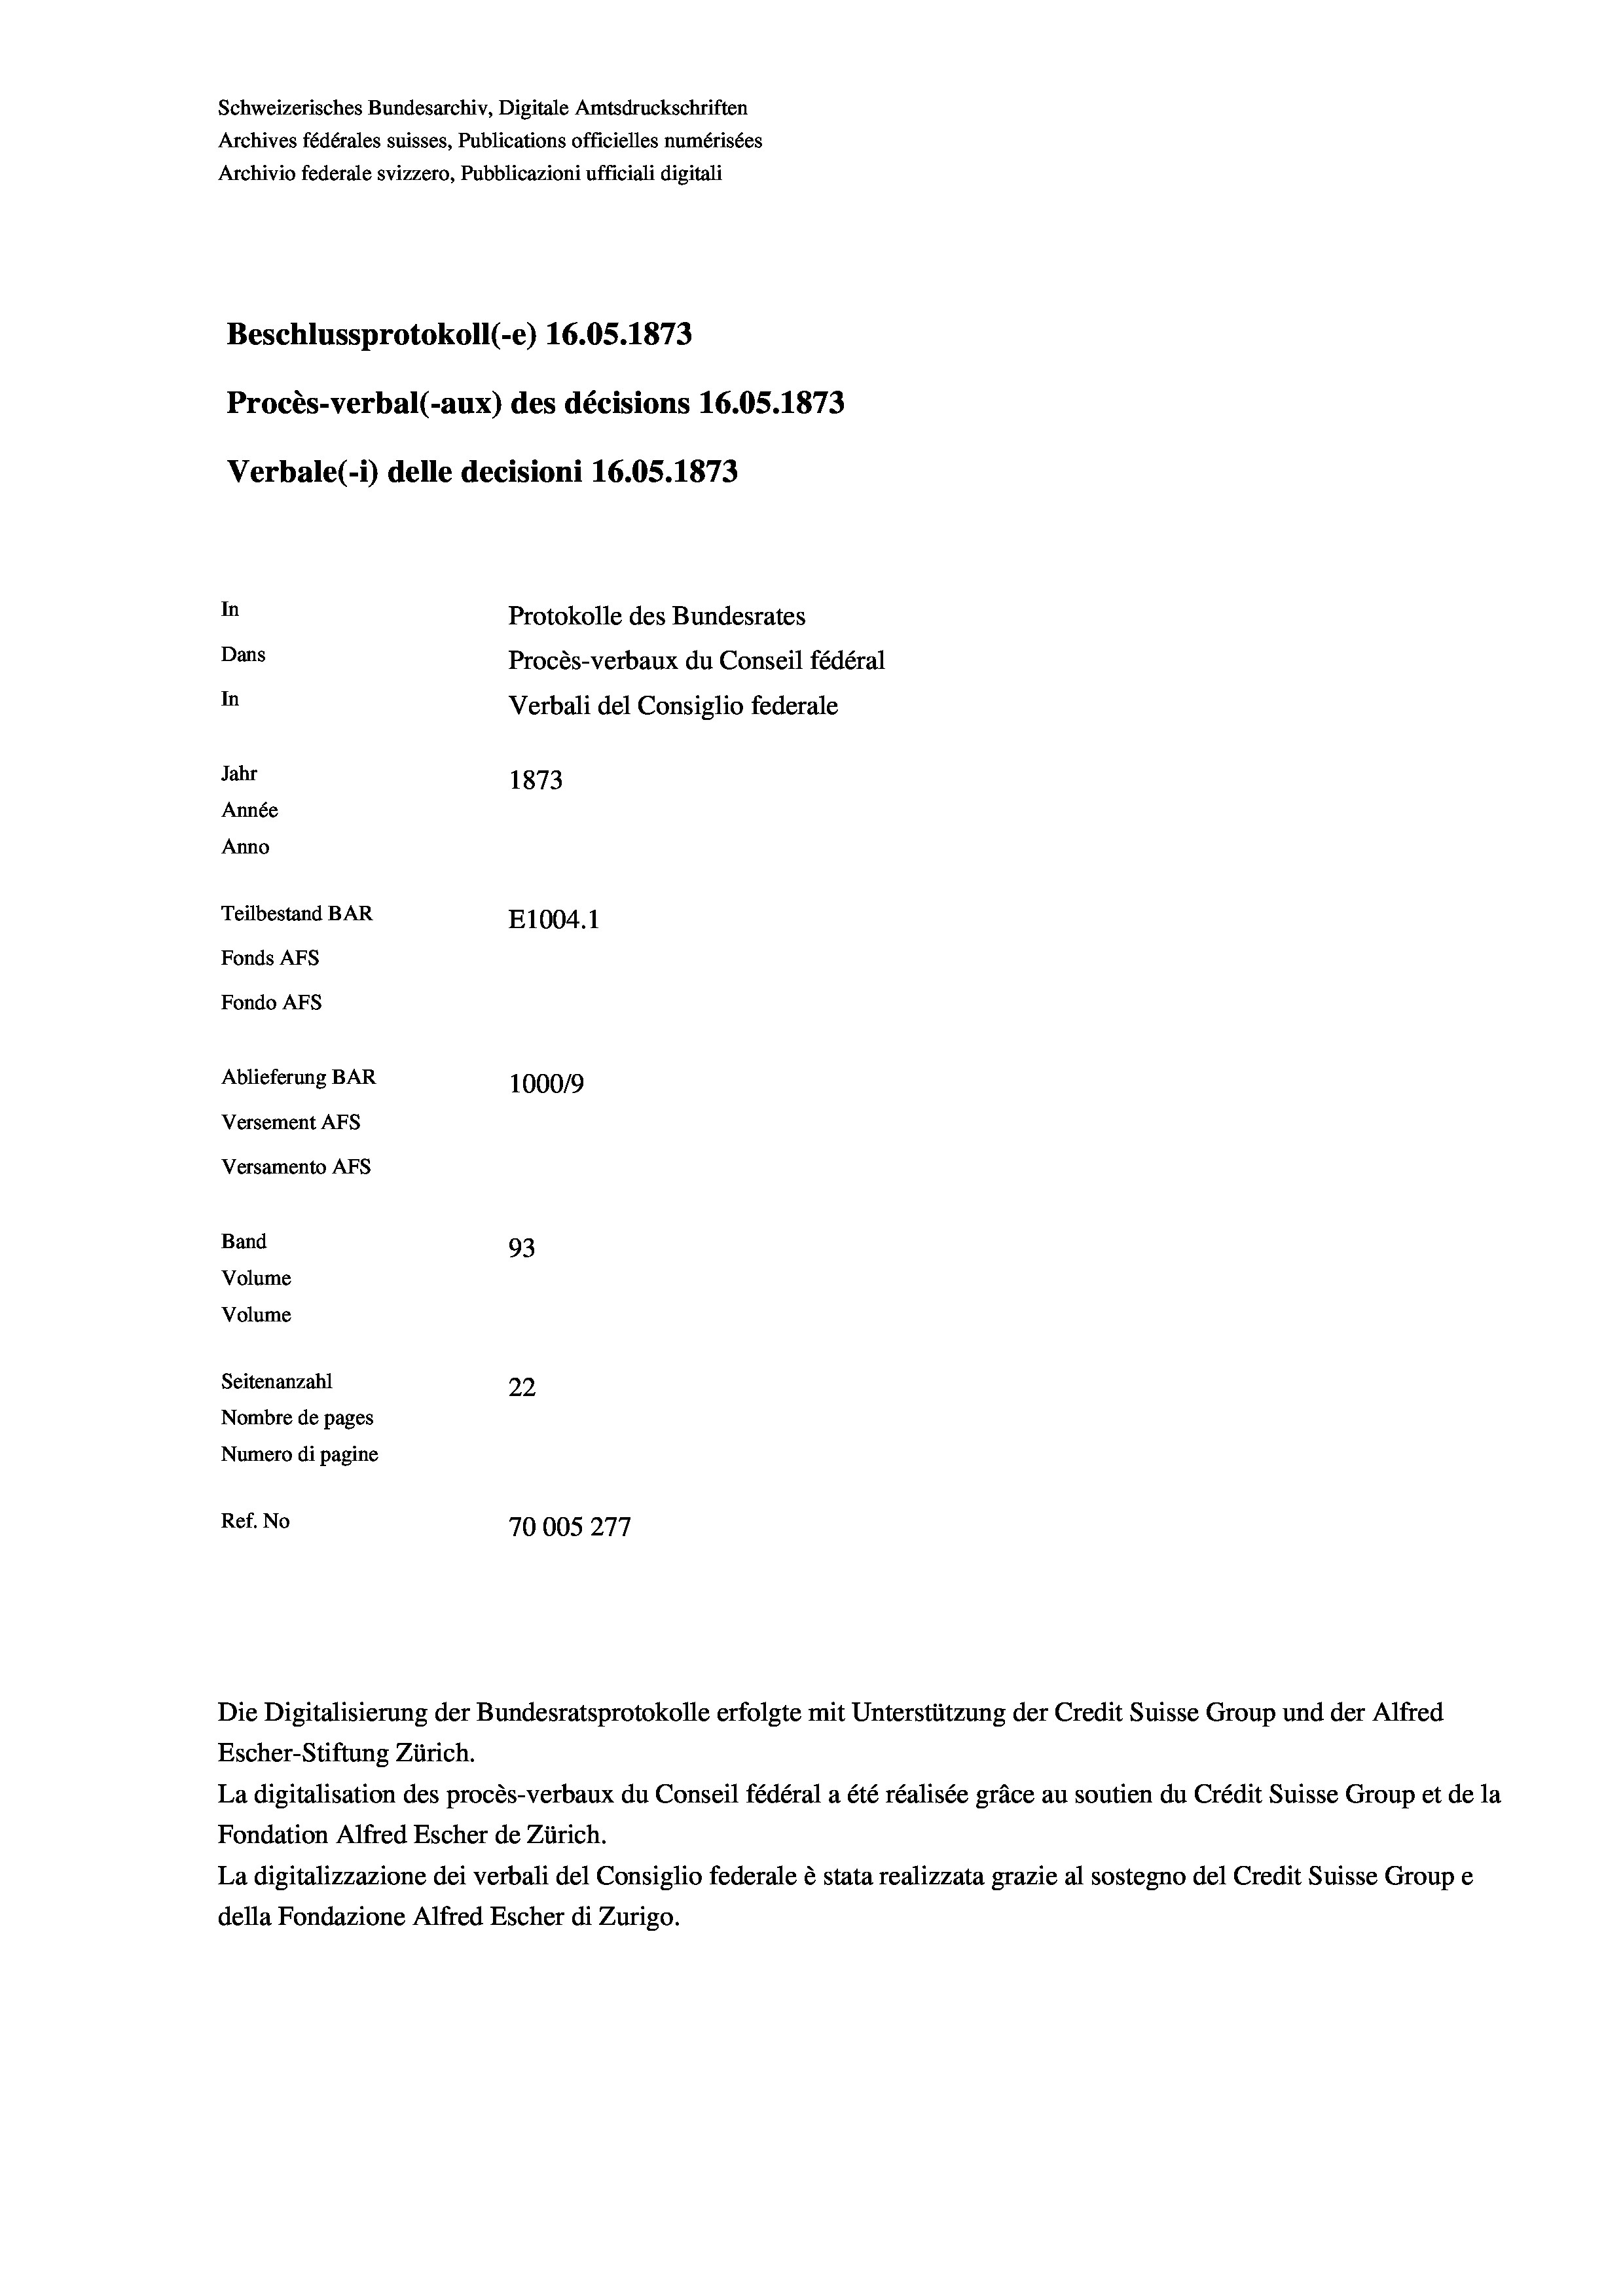
Schweizerisches Bundesarchiv, Digitale Amtsdruckschriften
Archives fédérales suisses, Publications officielles numérisées
Archivio federale svizzero, Pubblicazioni ufficiali digitali
Beschlussprotokoll (-e) 16.05. 1873
Procès-verbal (-aux) des décisions 16.05. 1873
Verbale(-*) delle decisioni 16.05. 1873
In
Protokolle des Bundesrates
Dans
Procès-verbaux du Conseil fédéral
In
Verbali del Consiglio federale
Jahr
1873
Année
Anno
Teilbestand BAR
E1004.1
Fonds AFs
Fondo AFs
Ablieferung BAR
100019
Versement Abs
Versamento Afs
Band
93
Volume
Volume
Seitenanzahl
22
Nombre de pages
Numero di pagine
Ref. No
7
70005277

Die Digitalisierung der Bundesratsprotokolle erfolgte mit Unterstützung der Credit Suisse Group und der Alfred

Escher-Stiftung Zürich.
La digitalisation des procès-verbaux du Conseil fédéral a été réalisée gräce au soutien du Crédit Suisse Group et de la
Fondation Alfred Escher de Zürich.
La digitalizzazione dei verbali del Consiglio federale è stata realizzata grazie al sostegno del Credit Suisse Groupe
della Fondazione Alfred Escher di Zurigo.